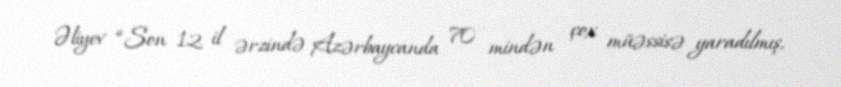
Əliyev “Son 12 il ərzində Azərbaycanda 70 mindən çox müəssisə yaradılmış,